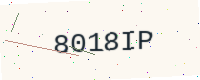
Text: 8018IP